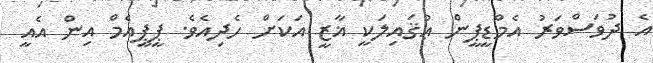
އެ ދުވަސްވަރު އެމްޑީޕީން ޢުޤައިލަކީ ޣާޒީ އަކަށް ހެދިއެވެ. ޕީޕީއެމް އިން އެއީ